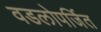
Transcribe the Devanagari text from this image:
वडलोपर्जित